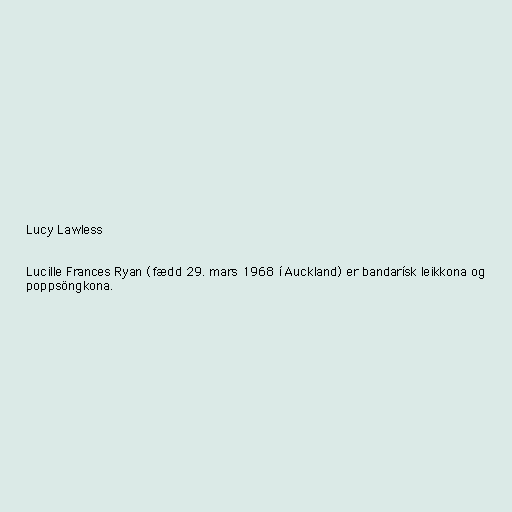
Lucy Lawless

Lucille Frances Ryan (fædd 29. mars 1968 í Auckland) er bandarísk leikkona og
poppsöngkona.